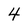
Character: 4